Leaving Certificate, 1900
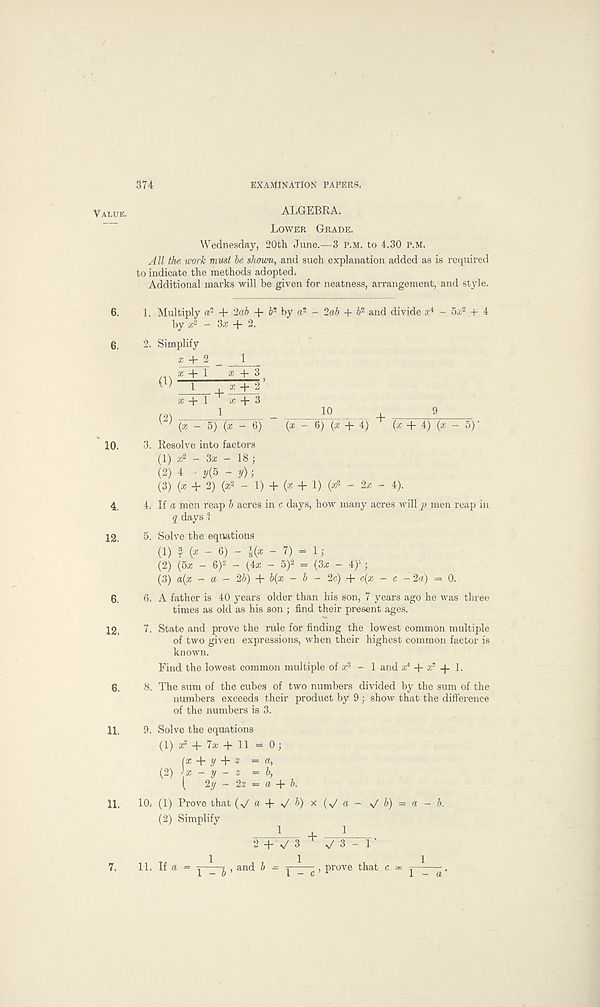
374
EXAMINATION PAPERS.
ALGEBRA.
Lower Grade.
Wednesday, 20th June.—3 p.m. to 4.30 p.m.
A ll the work must be shown, and such explanation added as is required
to indicate the methods adopted.
Additional marks will be given for neatness, arrangement, and style.
1. Multiply a 2 + 2ab + b- by a 2 - 2ab + b 2 and divide a 4 - 5,c 2 + 4
by a; 2 - 3x + 2.
2. Simplify
x + 2 _ 1
10
+
(* - 6) (a + 4) T
9
^ (x - 5) (a - 6)
(a + 4) (a - 5) -
3. Resolve into factors
(1) a 2 - 3a - 18 ;
(2) 4 * y(5 - y)-,
(3) (a + 2) (a 2 - 1) + (a + 1) (a 2 - 2a - 4).
4. If a men reap b acres in c days, how many acres will p men reap in
2 days ?
5. Solve the equations
(1) f (a - 6) - l(x - 7) - 1;
(2) (5a - 6) 2 - (4a - 5) 2 = (3a - if-,
(3) a(x - a - 2b) + b(x ~ b - 2c) + c(a - c - 2a) = 0.
6. A father is 40 years older than his son, 7 years ago he was three
times as old as his son ; find their present ages.
7. State and prove the rule for finding the lowest common multiple
of two given expressions, when their highest common factor is
known.
Find the lowest common multiple of a 3 - 1 and a 4 -f a“ -f 1.
8. The sum of the cubes of two numbers divided by the sum of the
numbers exceeds their product by 9 ; show that the difference
of the numbers is 3.
9. Solve the equations
(1) a 2 + 7a + 11 - 0;
Kb (1) Prove that (^a+ N /J)x( N /a - s/ b) = a - b.
(2) Simplify
+ 1 .
2 + \/3 »/3-l